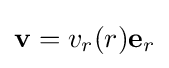
\mathbf {v} =v_{r}(r)\mathbf {e} _{r}